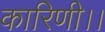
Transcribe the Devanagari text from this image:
कारिणी।।